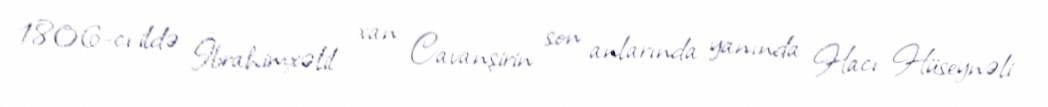
1806-cı ildə İbrahimxəlil xan Cavanşirin son anlarında yanında Hacı Hüseynəli